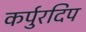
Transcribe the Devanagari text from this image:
कर्पुरदिप